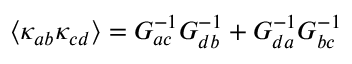
\left\langle \kappa _ { a b } \kappa _ { c d } \right\rangle = G _ { a c } ^ { - 1 } G _ { d b } ^ { - 1 } + G _ { d a } ^ { - 1 } G _ { b c } ^ { - 1 }